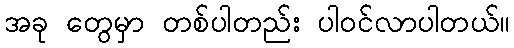
အခု တွေမှာ တစ်ပါတည်း ပါဝင်လာပါတယ်။